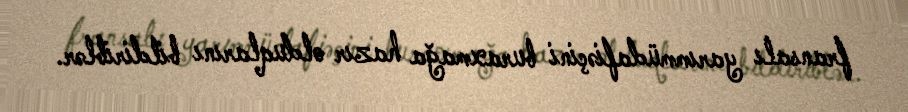
fransalı yarımmüdafiəçini buraxmağa hazır olduqlarını bildiriblər.